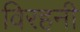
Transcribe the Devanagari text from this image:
विरहनी